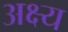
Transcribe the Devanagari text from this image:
अक्ष्य